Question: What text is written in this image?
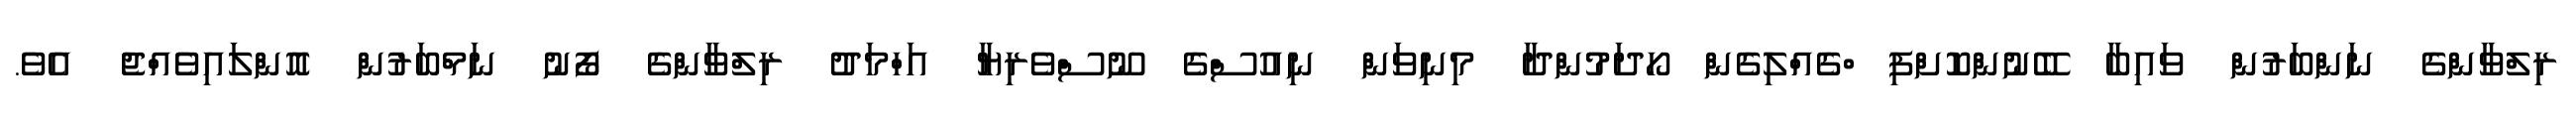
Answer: ރިލްވާންގެ ނަންބަރުން ވައިބާ ބޭނުންކޮށްފި ްގެއްލިގެން ހޯދަމުންދާ މިނިވަން ނިއުސްގެ ނޫސްވެރިޔާ އަހްމަދު ރިލްވާންގެ ފޯނު ނަމްބަރުން އޮންލައިވެއްޖެ އެވެ.